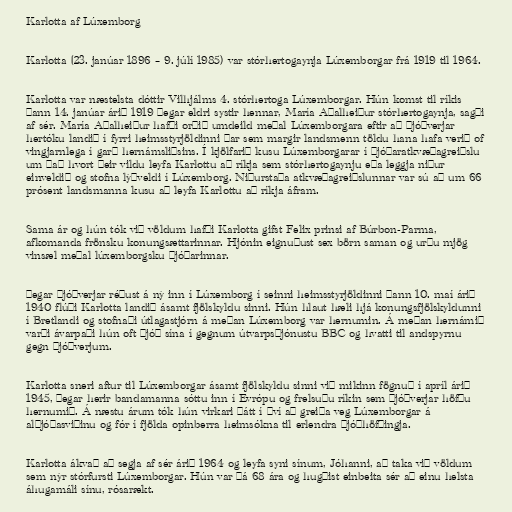
Karlotta af Lúxemborg

Karlotta (23. janúar 1896 – 9. júlí 1985) var stórhertogaynja Lúxemborgar frá 1919 til 1964.

Karlotta var næstelsta dóttir Vilhjálms 4. stórhertoga Lúxemborgar. Hún komst til ríkis
þann 14. janúar árið 1919 þegar eldri systir hennar, María Aðalheiður stórhertogaynja, sagði
af sér. María Aðalheiður hafði orðið umdeild meðal Lúxemborgara eftir að Þjóðverjar
hertóku landið í fyrri heimsstyrjöldinni þar sem margir landsmenn töldu hana hafa verið of
vingjarnlega í garð hernámsliðsins. Í kjölfarið kusu Lúxemborgarar í þjóðaratkvæðagreiðslu
um það hvort þeir vildu leyfa Karlottu að ríkja sem stórhertogaynju eða leggja niður
einveldið og stofna lýðveldi í Lúxemborg. Niðurstaða atkvæðagreiðslunnar var sú að um 66
prósent landsmanna kusu að leyfa Karlottu að ríkja áfram.

Sama ár og hún tók við völdum hafði Karlotta gifst Felix prinsi af Búrbon-Parma,
afkomanda frönsku konungsættarinnar. Hjónin eignuðust sex börn saman og urðu mjög
vinsæl meðal lúxemborgsku þjóðarinnar.

Þegar Þjóðverjar réðust á ný inn í Lúxemborg í seinni heimsstyrjöldinni þann 10. maí árið
1940 flúði Karlotta landið ásamt fjölskyldu sinni. Hún hlaut hæli hjá konungsfjölskyldunni
í Bretlandi og stofnaði útlagastjórn á meðan Lúxemborg var hernumin. Á meðan hernámið
varði ávarpaði hún oft þjóð sína í gegnum útvarpsþjónustu BBC og hvatti til andspyrnu
gegn Þjóðverjum.

Karlotta sneri aftur til Lúxemborgar ásamt fjölskyldu sinni við mikinn fögnuð í apríl árið
1945, þegar herir bandamanna sóttu inn í Evrópu og frelsuðu ríkin sem Þjóðverjar höfðu
hernumið. Á næstu árum tók hún virkari þátt í því að greiða veg Lúxemborgar á
alþjóðasviðinu og fór í fjölda opinberra heimsókna til erlendra þjóðhöfðingja.

Karlotta ákvað að segja af sér árið 1964 og leyfa syni sínum, Jóhanni, að taka við völdum
sem nýr stórfursti Lúxemborgar. Hún var þá 68 ára og hugðist einbeita sér að einu helsta
áhugamáli sínu, rósarækt.